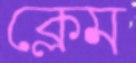
ক্লেম